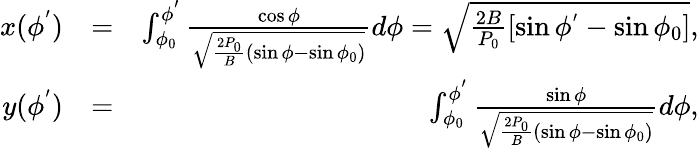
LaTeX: \begin{array}{rlr}{x(\phi^{'})}&{=}&{\int_{\phi_{0}}^{\phi^{'}}\frac{\cos\phi}{\sqrt{\frac{2P_{0}}{B}(\sin\phi-\sin\phi_{0})}}d\phi=\sqrt{\frac{2B}{P_{0}}[\sin\phi^{'}-\sin\phi_{0}]},}\\ {y(\phi^{'})}&{=}&{\int_{\phi_{0}}^{\phi^{'}}\frac{\sin\phi}{\sqrt{\frac{2P_{0}}{B}(\sin\phi-\sin\phi_{0})}}d\phi,}\end{array}